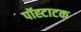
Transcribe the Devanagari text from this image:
पॉह्टाटक